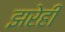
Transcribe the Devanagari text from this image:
झरेही